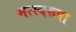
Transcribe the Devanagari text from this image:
मत्स्यरूपा